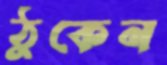
ঠুকেন